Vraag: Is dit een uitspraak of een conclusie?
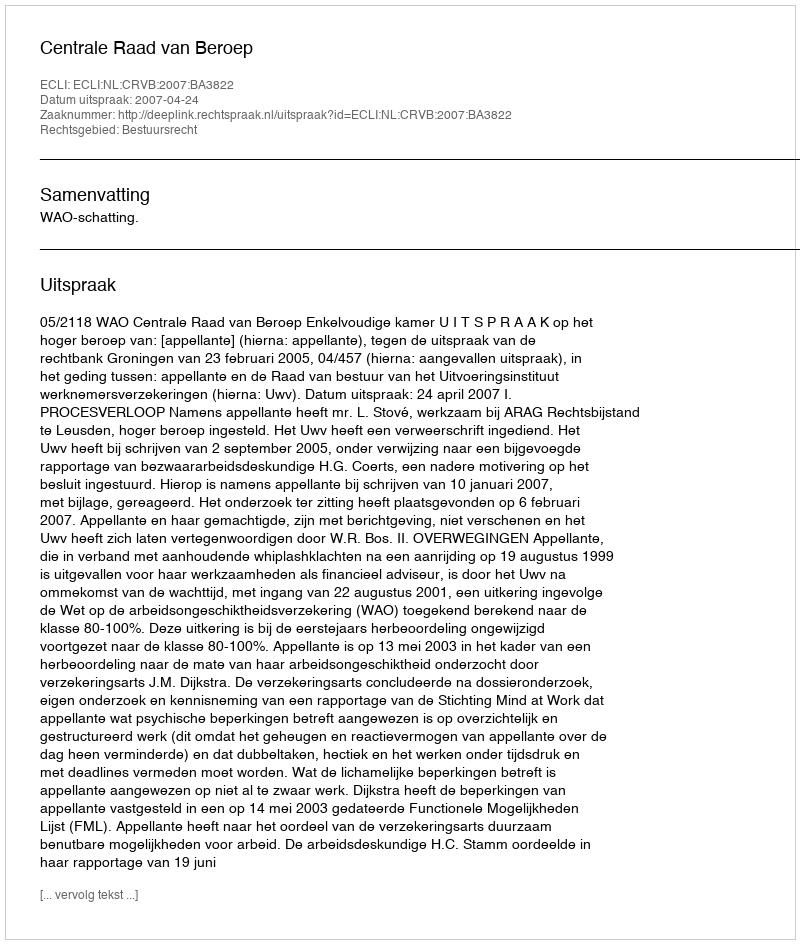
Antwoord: Uitspraak